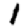
Digit: 1